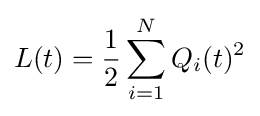
L(t)={\frac {1}{2}}\sum _{i=1}^{N}Q_{i}(t)^{2}